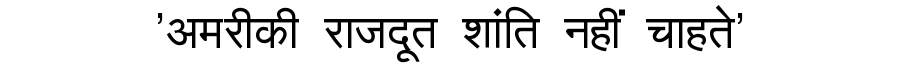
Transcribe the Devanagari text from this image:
'अमरीकी राजदूत शांति नहीं चाहते'